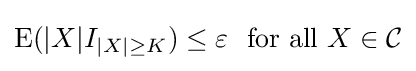
\operatorname {E} (|X|I_{|X|\geq K})\leq \varepsilon \ {\text{ for all }}X\in {\mathcal {C}}